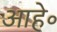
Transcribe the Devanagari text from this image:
आहे॰